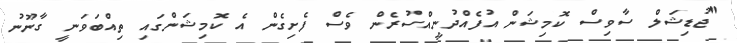
"ޖުޑިޝަލް ސާވިސް ކޮމިޝަން އުފެއްދުނީއްސުރެން ވެސް ފެށިގެން އެ ކޮމިޝަންގައި ތިއްބަވަނީ ގާނޫނު